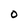
Character: O